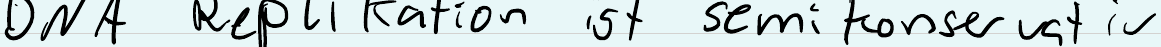
DNA Replikation ist semikonservativ